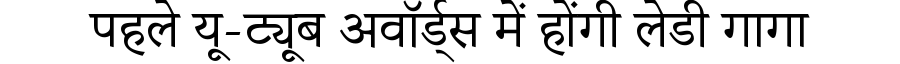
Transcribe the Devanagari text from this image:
पहले यू-ट्यूब अवॉर्ड्स में होंगी लेडी गागा